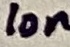
Text: 10n